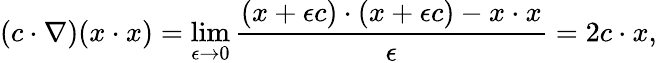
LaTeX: (c\cdot\nabla)(x\cdot x)=\operatorname*{lim}_{\epsilon\to 0}{\frac{(x+\epsilon c)\cdot(x+\epsilon c)-x\cdot x}{\epsilon}}=2c\cdot x,